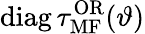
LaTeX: \mathrm{diag}\, \tau_{\mathrm{MF}}^{\mathrm{OR}}(\vartheta)